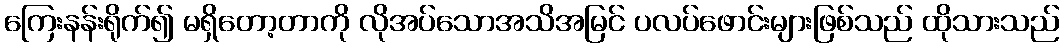
ကြေးနန်းရိုက်၍ မရှိတော့တာကို လိုအပ်သောအသိအမြင် ပလပ်ဖောင်းများဖြစ်သည် ထိုသားသည်